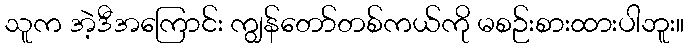
သူက အဲ့ဒီအကြောင်း ကျွန်တော်တစ်ကယ်ကို မစဉ်းစားထားပါဘူး။